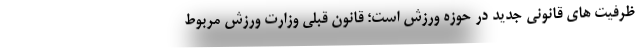
ظرفیت های قانونی جدید در حوزه ورزش است؛ قانون قبلی وزارت ورزش مربوط